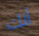
أنك